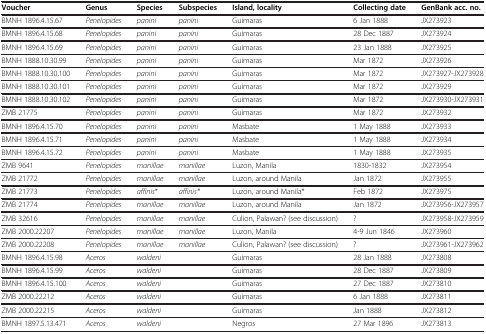
<table><thead><tr><td><b>Voucher</b></td><td><b>Genus</b></td><td><b>Species</b></td><td><b>Subspecies</b></td><td><b>Island, locality</b></td><td><b>Collecting date</b></td><td><b>GenBank acc. no.</b></td></tr></thead><tbody><tr><td>BMNH 1896.4.15.67</td><td><i>Penelopides</i></td><td><i>panini</i></td><td><i>panini</i></td><td>Guimaras</td><td>6 Jan 1888</td><td>JX273923</td></tr><tr><td>BMNH 1896.4.15.68</td><td><i>Penelopides</i></td><td><i>panini</i></td><td><i>panini</i></td><td>Guimaras</td><td>28 Dec 1887</td><td>JX273924</td></tr><tr><td>BMNH 1896.4.15.69</td><td><i>Penelopides</i></td><td><i>panini</i></td><td><i>panini</i></td><td>Guimaras</td><td>23 Jan 1888</td><td>JX273925</td></tr><tr><td>BMNH 1888.10.30.99</td><td><i>Penelopides</i></td><td><i>panini</i></td><td><i>panini</i></td><td>Guimaras</td><td>Mar 1872</td><td>JX273926</td></tr><tr><td>BMNH 1888.10.30.100</td><td><i>Penelopides</i></td><td><i>panini</i></td><td><i>panini</i></td><td>Guimaras</td><td>Mar 1872</td><td>JX273927-JX273928</td></tr><tr><td>BMNH 1888.10.30.101</td><td><i>Penelopides</i></td><td><i>panini</i></td><td><i>panini</i></td><td>Guimaras</td><td>Mar 1872</td><td>JX273929</td></tr><tr><td>BMNH 1888.10.30.102</td><td><i>Penelopides</i></td><td><i>panini</i></td><td><i>panini</i></td><td>Guimaras</td><td>Mar 1872</td><td>JX273930-JX273931</td></tr><tr><td>ZMB 21775</td><td><i>Penelopides</i></td><td><i>panini</i></td><td><i>panini</i></td><td>Guimaras</td><td>Mar 1872</td><td>JX273932</td></tr><tr><td>BMNH 1896.4.15.70</td><td><i>Penelopides</i></td><td><i>panini</i></td><td><i>panini</i></td><td>Masbate</td><td>1 May 1888</td><td>JX273933</td></tr><tr><td>BMNH 1896.4.15.71</td><td><i>Penelopides</i></td><td><i>panini</i></td><td><i>panini</i></td><td>Masbate</td><td>1 May 1888</td><td>JX273934</td></tr><tr><td>BMNH 1896.4.15.72</td><td><i>Penelopides</i></td><td><i>panini</i></td><td><i>panini</i></td><td>Masbate</td><td>1 May 1888</td><td>JX273935</td></tr><tr><td>ZMB 9641</td><td><i>Penelopides</i></td><td><i>manillae</i></td><td><i>manillae</i></td><td>Luzon, Manila</td><td>1830-1832</td><td>JX273954</td></tr><tr><td>ZMB 21772</td><td><i>Penelopides</i></td><td><i>manillae</i></td><td><i>manillae</i></td><td>Luzon, around Manila</td><td>Jan 1872</td><td>JX273955</td></tr><tr><td>ZMB 21773</td><td><i>Penelopides</i></td><td><i>affinis</i>*</td><td><i>affinis*</i></td><td>Luzon, around Manila*</td><td>Feb 1872</td><td>JX273975</td></tr><tr><td>ZMB 21774</td><td><i>Penelopides</i></td><td><i>manillae</i></td><td><i>manillae</i></td><td>Luzon, around Manila</td><td>Jan 1872</td><td>JX273956-JX273957</td></tr><tr><td>ZMB 32616</td><td><i>Penelopides</i></td><td><i>manillae</i></td><td><i>manillae</i></td><td>Culion, Palawan? (see discussion)</td><td>?</td><td>JX273958-JX273959</td></tr><tr><td>ZMB 2000.22207</td><td><i>Penelopides</i></td><td><i>manillae</i></td><td><i>manillae</i></td><td>Luzon, Manila</td><td>4-9 Jun 1846</td><td>JX273960</td></tr><tr><td>ZMB 2000.22208</td><td><i>Penelopides</i></td><td><i>manillae</i></td><td><i>manillae</i></td><td>Culion, Palawan? (see discussion)</td><td>?</td><td>JX273961-JX273962</td></tr><tr><td>BMNH 1896.4.15.98</td><td><i>Aceros</i></td><td><i>waldeni</i></td><td> </td><td>Guimaras</td><td>28 Jan 1888</td><td>JX273808</td></tr><tr><td>BMNH 1896.4.15.99</td><td><i>Aceros</i></td><td><i>waldeni</i></td><td> </td><td>Guimaras</td><td>28 Dec 1887</td><td>JX273809</td></tr><tr><td>BMNH 1896.4.15.100</td><td><i>Aceros</i></td><td><i>waldeni</i></td><td> </td><td>Guimaras</td><td>27 Dec 1887</td><td>JX273810</td></tr><tr><td>ZMB 2000.22212</td><td><i>Aceros</i></td><td><i>waldeni</i></td><td> </td><td>Guimaras</td><td>6 Jan 1888</td><td>JX273811</td></tr><tr><td>ZMB 2000.22215</td><td><i>Aceros</i></td><td><i>waldeni</i></td><td> </td><td>Guimaras</td><td>Jan 1888</td><td>JX273812</td></tr><tr><td>BMNH 1897.5.13.471</td><td><i>Aceros</i></td><td><i>waldeni</i></td><td> </td><td>Negros</td><td>27 Mar 1896</td><td>JX273813</td></tr></tbody></table>